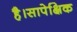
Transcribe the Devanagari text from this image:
है।सापेक्षिक